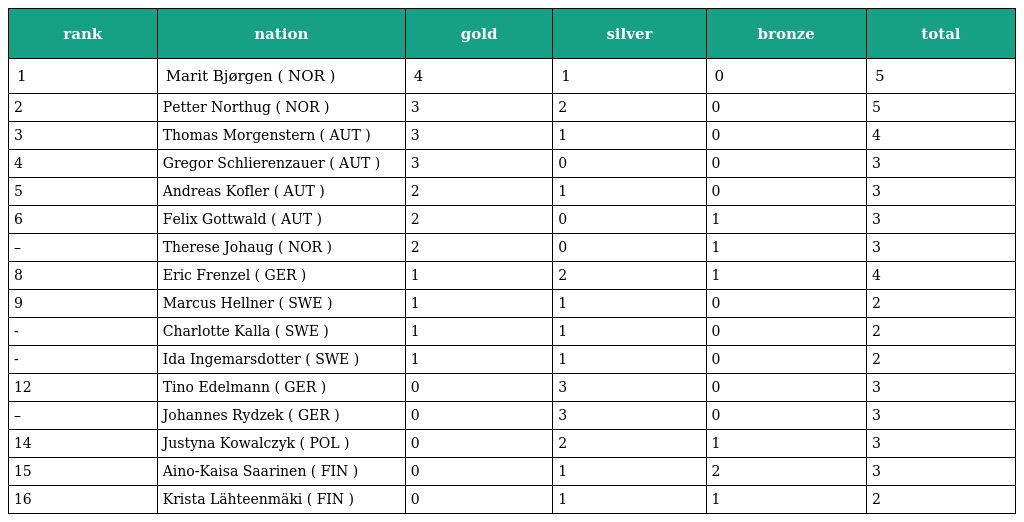
| rank | nation | gold | silver | bronze | total |
 | --- | --- | --- | --- | --- | --- |
 | 1 | Marit Bjørgen ( NOR ) | 4 | 1 | 0 | 5 |
 | 2 | Petter Northug ( NOR ) | 3 | 2 | 0 | 5 |
 | 3 | Thomas Morgenstern ( AUT ) | 3 | 1 | 0 | 4 |
 | 4 | Gregor Schlierenzauer ( AUT ) | 3 | 0 | 0 | 3 |
 | 5 | Andreas Kofler ( AUT ) | 2 | 1 | 0 | 3 |
 | 6 | Felix Gottwald ( AUT ) | 2 | 0 | 1 | 3 |
 | – | Therese Johaug ( NOR ) | 2 | 0 | 1 | 3 |
 | 8 | Eric Frenzel ( GER ) | 1 | 2 | 1 | 4 |
 | 9 | Marcus Hellner ( SWE ) | 1 | 1 | 0 | 2 |
 | - | Charlotte Kalla ( SWE ) | 1 | 1 | 0 | 2 |
 | - | Ida Ingemarsdotter ( SWE ) | 1 | 1 | 0 | 2 |
 | 12 | Tino Edelmann ( GER ) | 0 | 3 | 0 | 3 |
 | – | Johannes Rydzek ( GER ) | 0 | 3 | 0 | 3 |
 | 14 | Justyna Kowalczyk ( POL ) | 0 | 2 | 1 | 3 |
 | 15 | Aino-Kaisa Saarinen ( FIN ) | 0 | 1 | 2 | 3 |
 | 16 | Krista Lähteenmäki ( FIN ) | 0 | 1 | 1 | 2 |